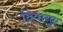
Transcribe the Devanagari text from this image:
दिवानुए